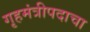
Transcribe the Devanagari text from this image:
गृहमंत्रीपदाचा